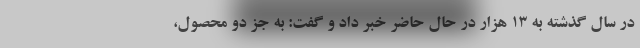
در سال گذشته به ۱۳ هزار در حال حاضر خبر داد و گفت: به جز دو محصول،